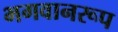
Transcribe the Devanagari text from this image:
भगवानरूप